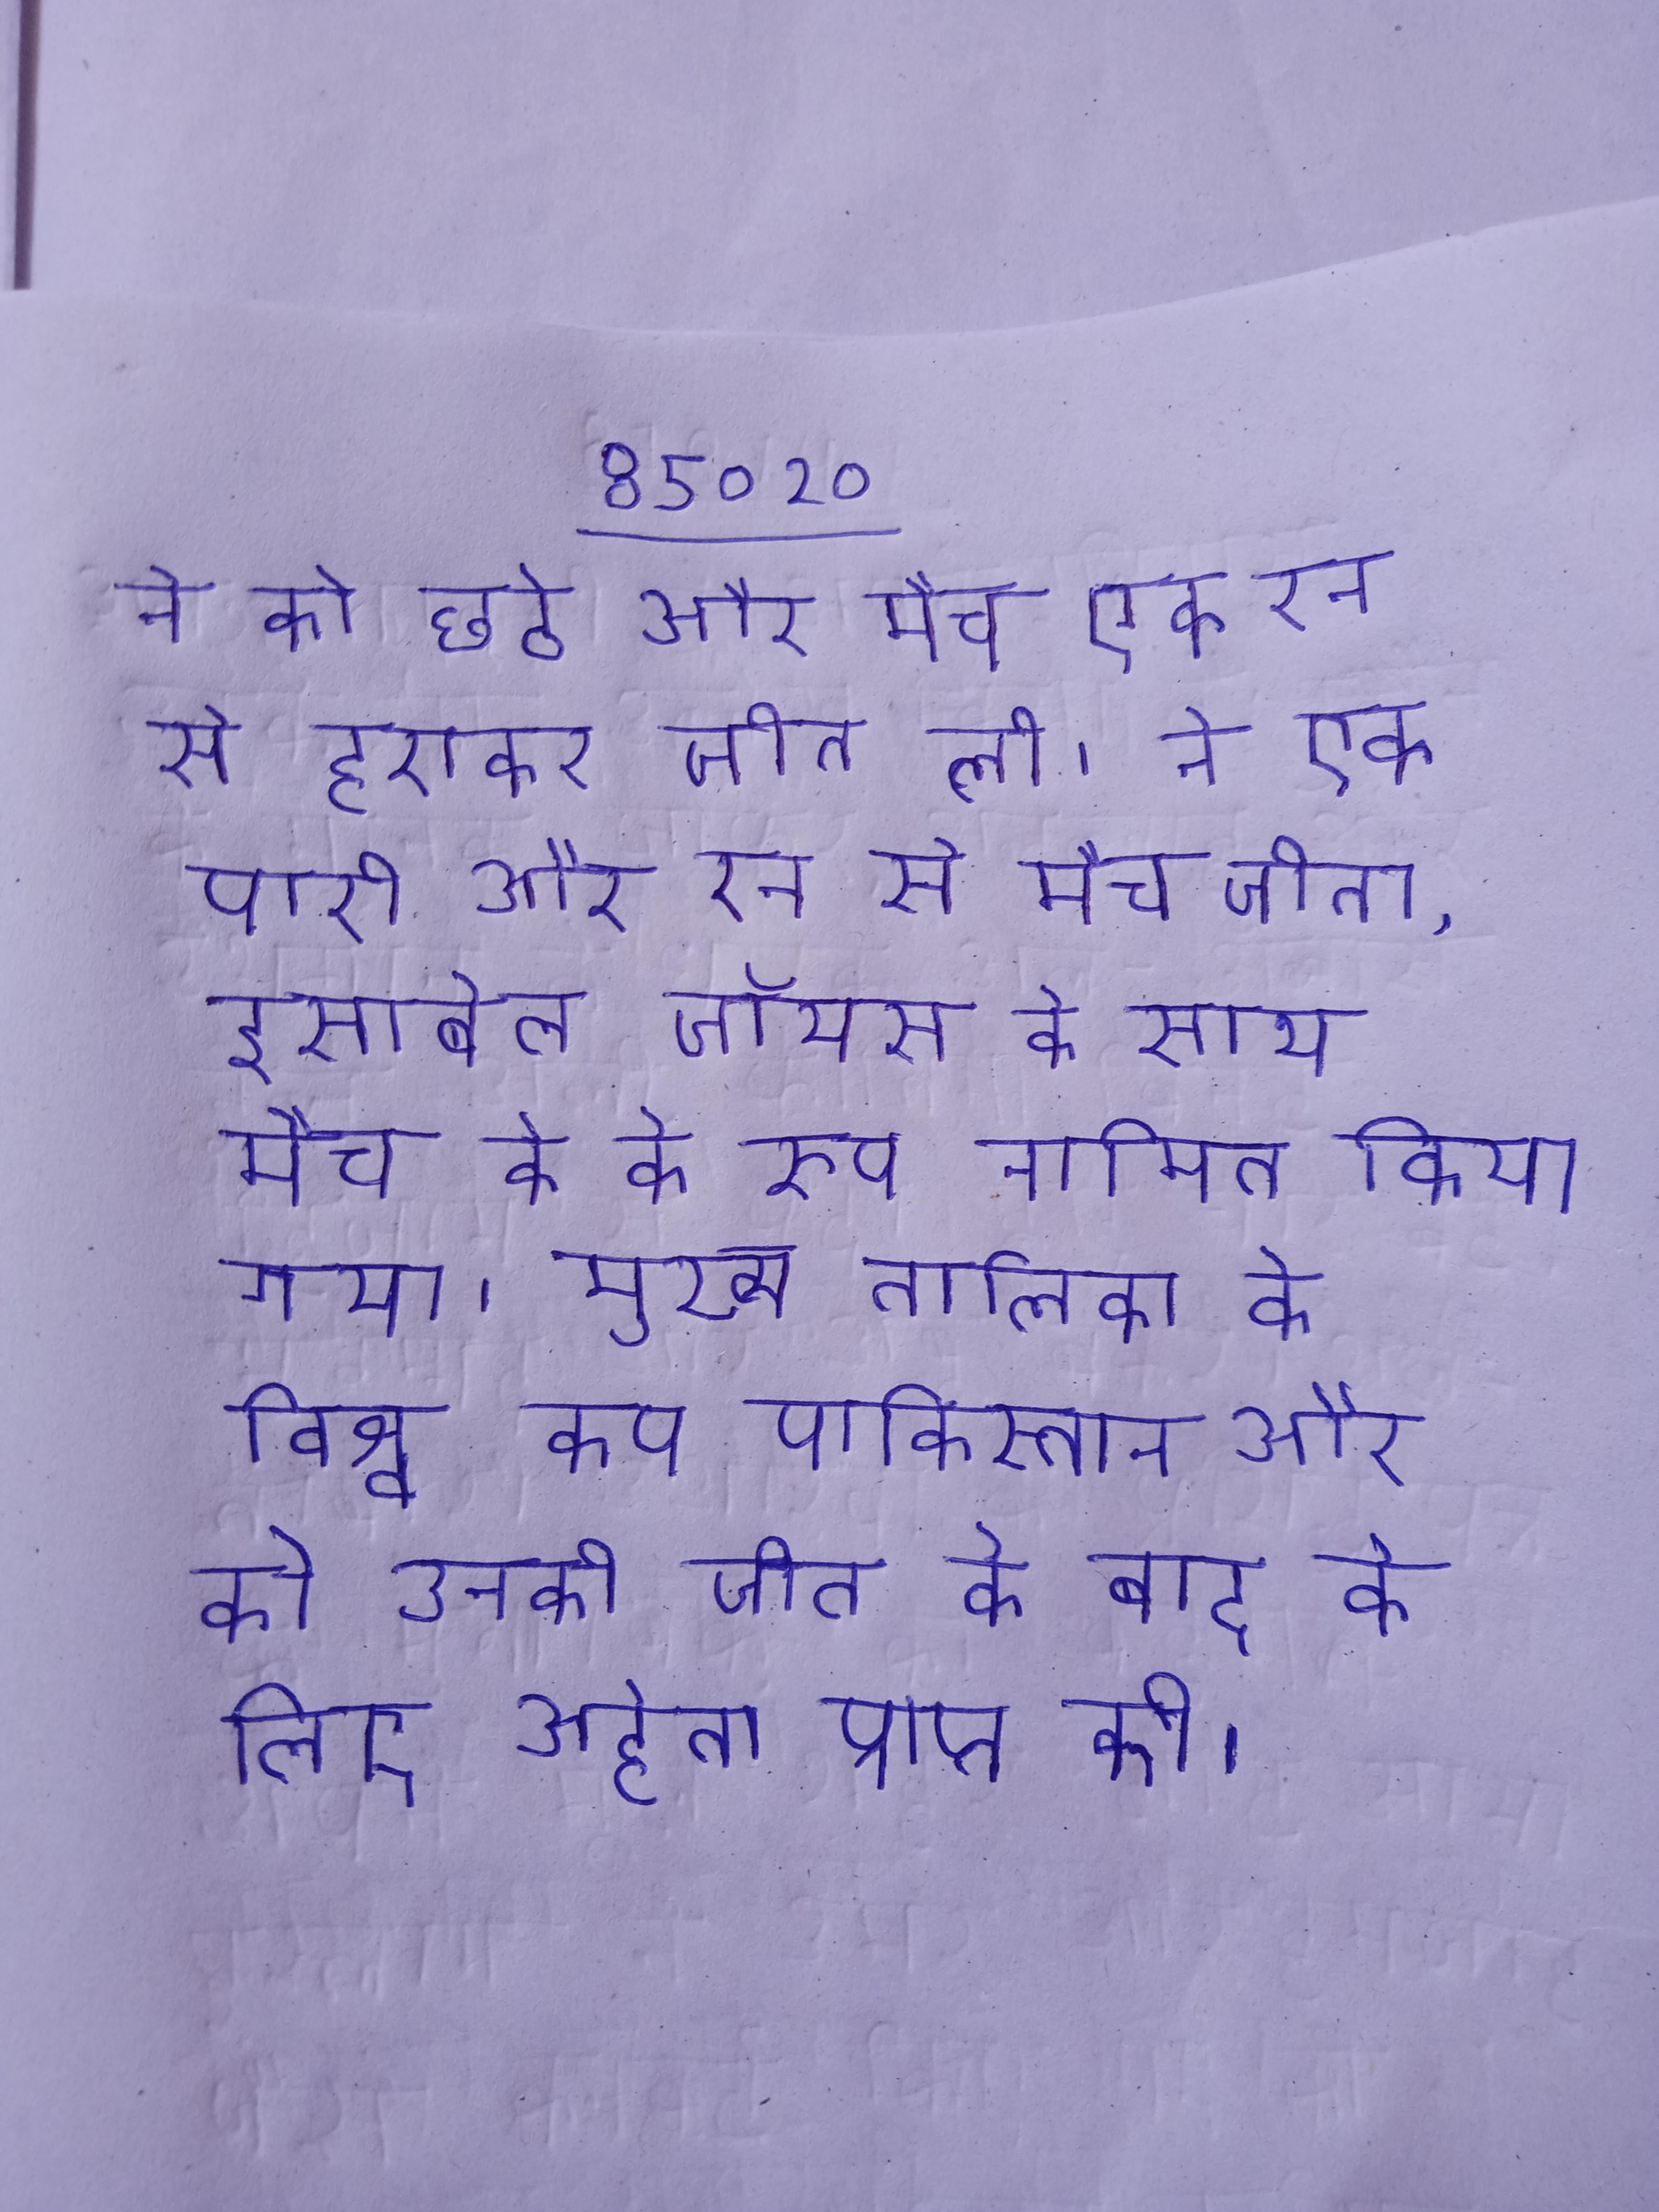
ने को छठे और मैच एक रन से हराकर जीत ली । ने एक पारी और रन से मैच जीता, इसाबेल जॉयस के साथ मैच के के रूप नामित किया गया । मुख्य तालिका के विश्व कप पाकिस्तान और को उनकी जीत के बाद के लिए अर्हता प्राप्त की ।